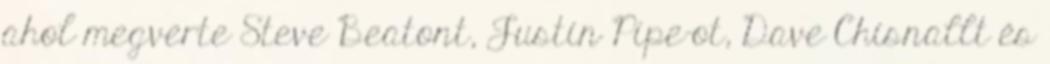
ahol megverte Steve Beatont, Justin Pipe-ot, Dave Chisnallt és